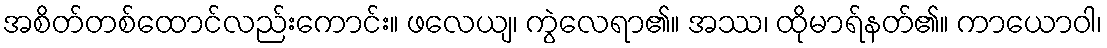
အစိတ်တစ်ထောင်လည်းကောင်း။ ဖလေယျ၊ ကွဲလေရာ၏။ အဿ၊ ထိုမာရ်နတ်၏။ ကာယောဝါ၊